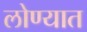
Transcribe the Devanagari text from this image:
लोण्यात